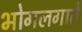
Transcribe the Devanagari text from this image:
भोगलगाते